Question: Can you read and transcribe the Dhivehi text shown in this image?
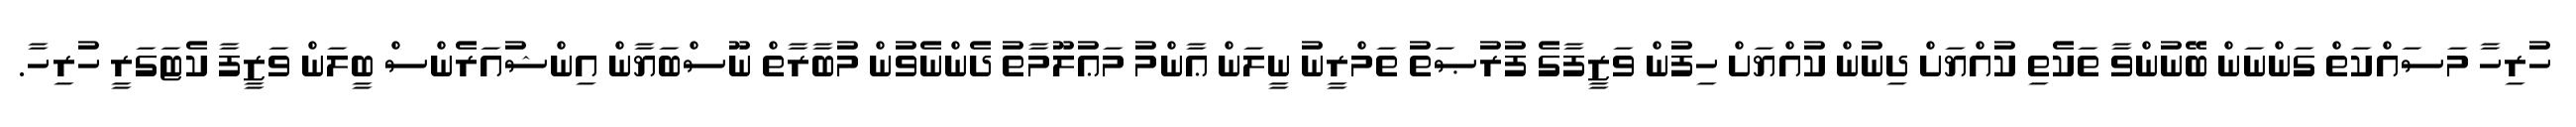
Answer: ހުރިހާ މަސައްކަތް ގަންނަން ބޭނުންވާ ތަކެތި ކުއްޔަށް ދިނުން ކުއްޔަށް ހިފުން ވަޒީފާގެ ފުރުޞަތު ތަމްރީނު ނީލަން ޢާންމު މަޢުލޫމާތު ދެންނެވުން މުބާރާތް ނޫސްބަޔާން އިންޝުއަރެންސް ބީލަން ވަޒީފާ ކެޓަގަރީ ހުރިހާ.